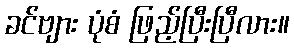
ခင်ဗျား ပုံစံ ဖြည့်ပြီးပြီလား။